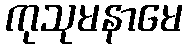
ကုသုမနာမေ